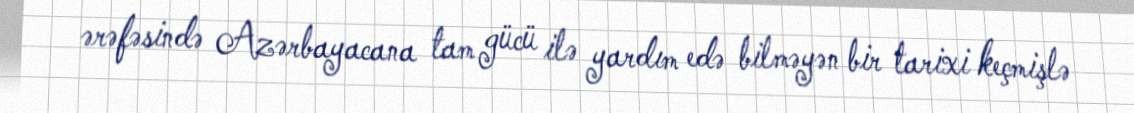
ərəfəsində Azərbayacana tam gücü ilə yardım edə bilməyən bir tarixi keçmişlə